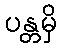
ပန္တမှိ